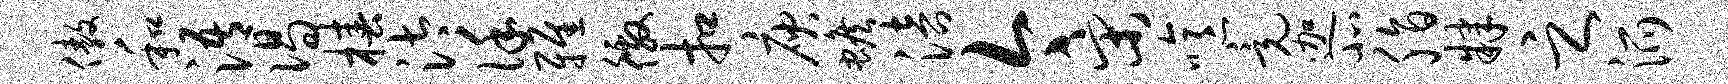
傲和浯偈椿汰谨雅徼扣庾蟾涪今宋噫竟迦北脂肄之派